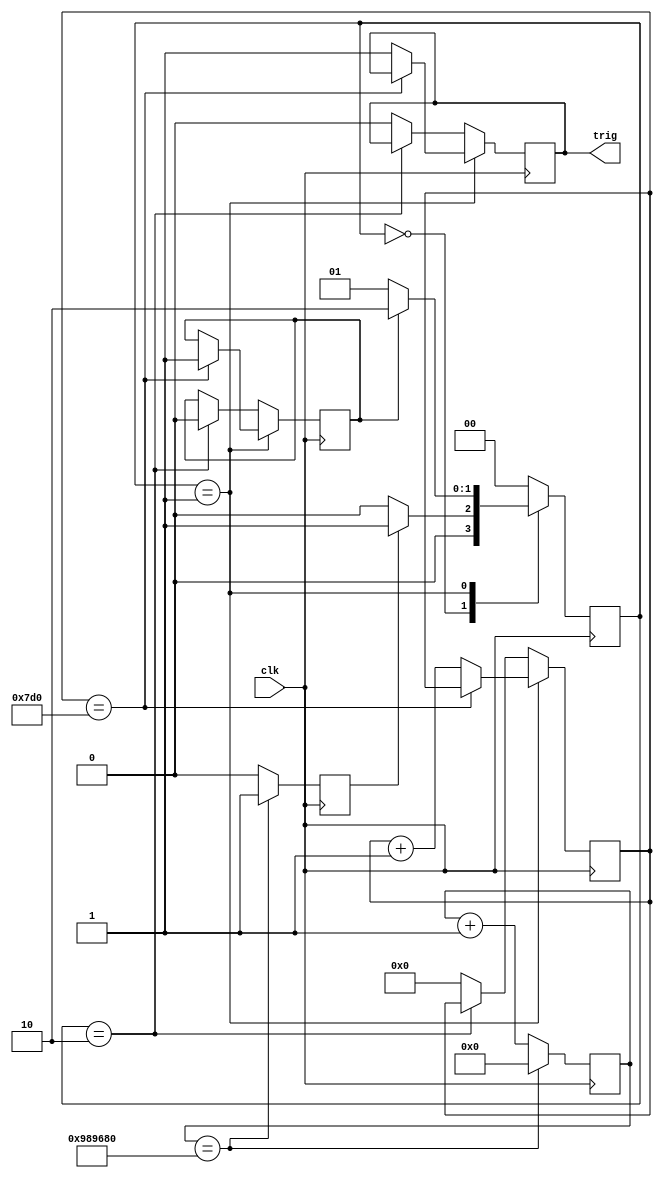
`timescale 1ns / 1ps

module trig_ckt(
  input clk,
//  input trig_en,
  output trig
);
  
  reg trig_reg = 0;
  assign trig = trig_reg;
  
  parameter [1:0] IDLE = 2'b00;
  parameter [1:0] CNT = 2'b01;
  parameter [1:0] DONE = 2'b10;
  
  reg [1:0] state = IDLE;
  reg [1:0] next_state = IDLE;
  reg isDone = 0;
  reg [19:0] trig_cnt = 0;
  
  reg trig_en = 0 ;
  reg [30:0] en_cnt = 0;
  
  always@(posedge clk) begin
    if(en_cnt==10000000) begin
        trig_en <= 1;
        en_cnt <= 0;
    end else begin
        trig_en <= 0;
        en_cnt <= en_cnt + 1;
    end
  
  
  end
  
  
  
  always@(posedge clk) 
    state <= next_state;
  
  always@* begin
    case(state)
      IDLE: 
        if(trig_en)	next_state <= CNT;
      	else	next_state <= IDLE;
      CNT:
        if(isDone) next_state <= DONE;
      	else	next_state <= CNT;
      DONE:
        next_state <= IDLE;
      
      default:
        next_state <= IDLE;
    endcase
  end
  
  always@(posedge clk) begin
    if(state==CNT) begin
      if(trig_cnt==2000) begin
      	isDone <= 1;
      end else begin
      	trig_cnt <= trig_cnt + 1;
        trig_reg <= 1;
      end
    end else if(state==DONE) begin
    	isDone <=0;
    end else begin
    	trig_cnt <= 0;
      	trig_reg <= 0;
    end
  end
      
      
endmodule